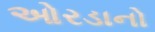
ઓરડાનો